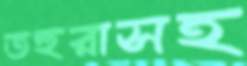
তহুরাসহ